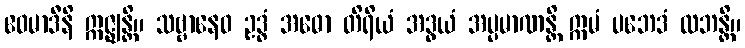
ဧဝမာဒီနိ ဣဇ္ဈန္တိ။ သဗ္ဗာနေဝ ဥဒ္ဓံ အဓော တိရိယံ အဒွယံ အပ္ပမာဏန္တိ ဣမံ ပဘေဒံ လဘန္တိ။